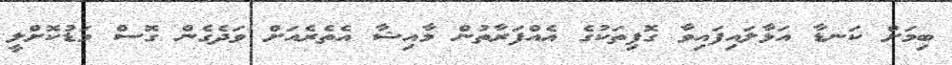
ބިމަށް ކަނޑާ އަޅާލައިފައިވާ ގޮފިތަކުގެ އެއްފަރާތުން މާއިޝާ އެތެރެއަށް ވަދެގެން ގޮސް މަޑުކޮށްލީ